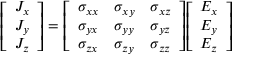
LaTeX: { \left[ \begin{array} { l } { J _ { x } } \\ { J _ { y } } \\ { J _ { z } } \end{array} \right] } = { \left[ \begin{array} { l l l } { \sigma _ { x x } } & { \sigma _ { x y } } & { \sigma _ { x z } } \\ { \sigma _ { y x } } & { \sigma _ { y y } } & { \sigma _ { y z } } \\ { \sigma _ { z x } } & { \sigma _ { z y } } & { \sigma _ { z z } } \end{array} \right] } { \left[ \begin{array} { l } { E _ { x } } \\ { E _ { y } } \\ { E _ { z } } \end{array} \right] }